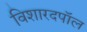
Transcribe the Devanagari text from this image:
विशारदपॉल